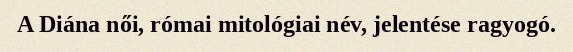
A Diána női, római mitológiai név, jelentése ragyogó.